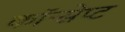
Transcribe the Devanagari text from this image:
कॉन्‍सेप्‍ट